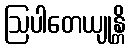
ဩပါတေယျုန္တိ